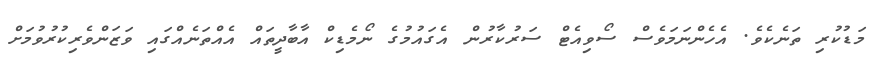
މަޑުކުރި ތަނެކެވެ. އެހެންނަމަވެސް ސޯވިއެޓް ސަރުކާރުން އެގައުމުގެ ނޯމެޑިކް އާބާދީތައް އެއްތަނެއްގައި ވަޒަންވެރިކުރުވުމަށް